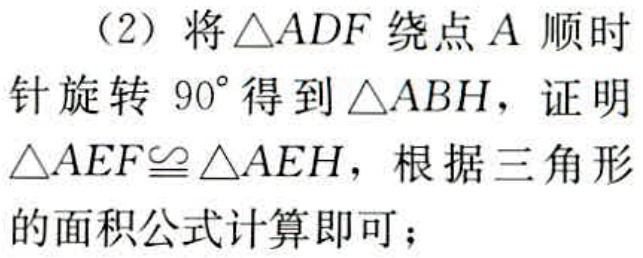
（2）将\(\triangle ADF\)绕点\(A\)顺时针旋转 \(90^{\circ}\)得到\(\triangle ABH\)，证明\(\triangle AEF\cong\triangle AEH\)，根据三角形的面积公式计算即可；